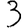
Digit: 3